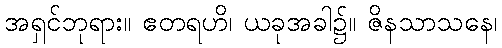
အရှင်ဘုရား။ ဧတရဟိ၊ ယခုအခါ၌။ ဇိနသာသနေ၊